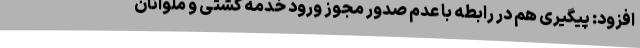
افزود: پیگیری هم در رابطه با عدم صدور مجوز ورود خدمه کشتی و ملوانان